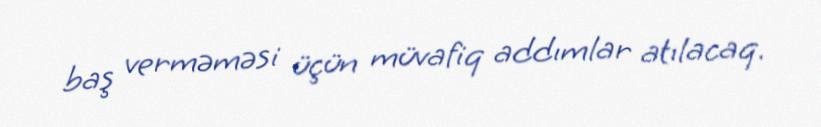
baş verməməsi üçün müvafiq addımlar atılacaq.